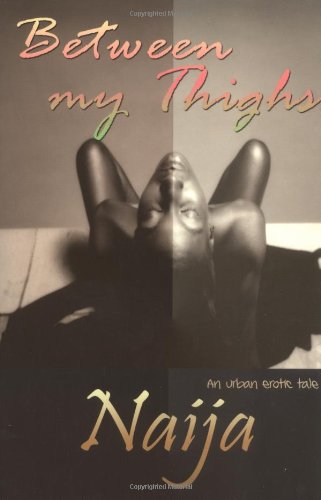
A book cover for Between My Thighs: An Urban Erotic Tale; Naija; Romance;